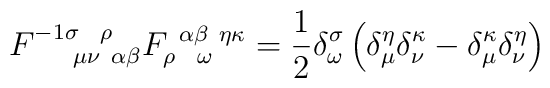
F^{-1 \sigma ~~\rho  }_{~~~~\mu \nu ~\alpha \beta }F_{ \rho~~ \omega  }^{~\alpha \beta ~\eta \kappa } =\frac{1}{2} \delta^\sigma_\omega\left( \delta_\mu^\eta \delta_\nu^\kappa- \delta_\mu^\kappa \delta_\nu^\eta \right)